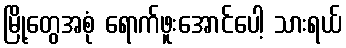
မြို့တွေအစုံ ရောက်ဖူးအောင်ပေါ့ သားရယ်